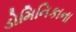
ડોમિનિકાના